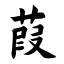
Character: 葭